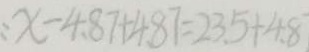
: x - 4 . 8 7 + 4 8 7 = 2 3 . 5 + 4 . 8